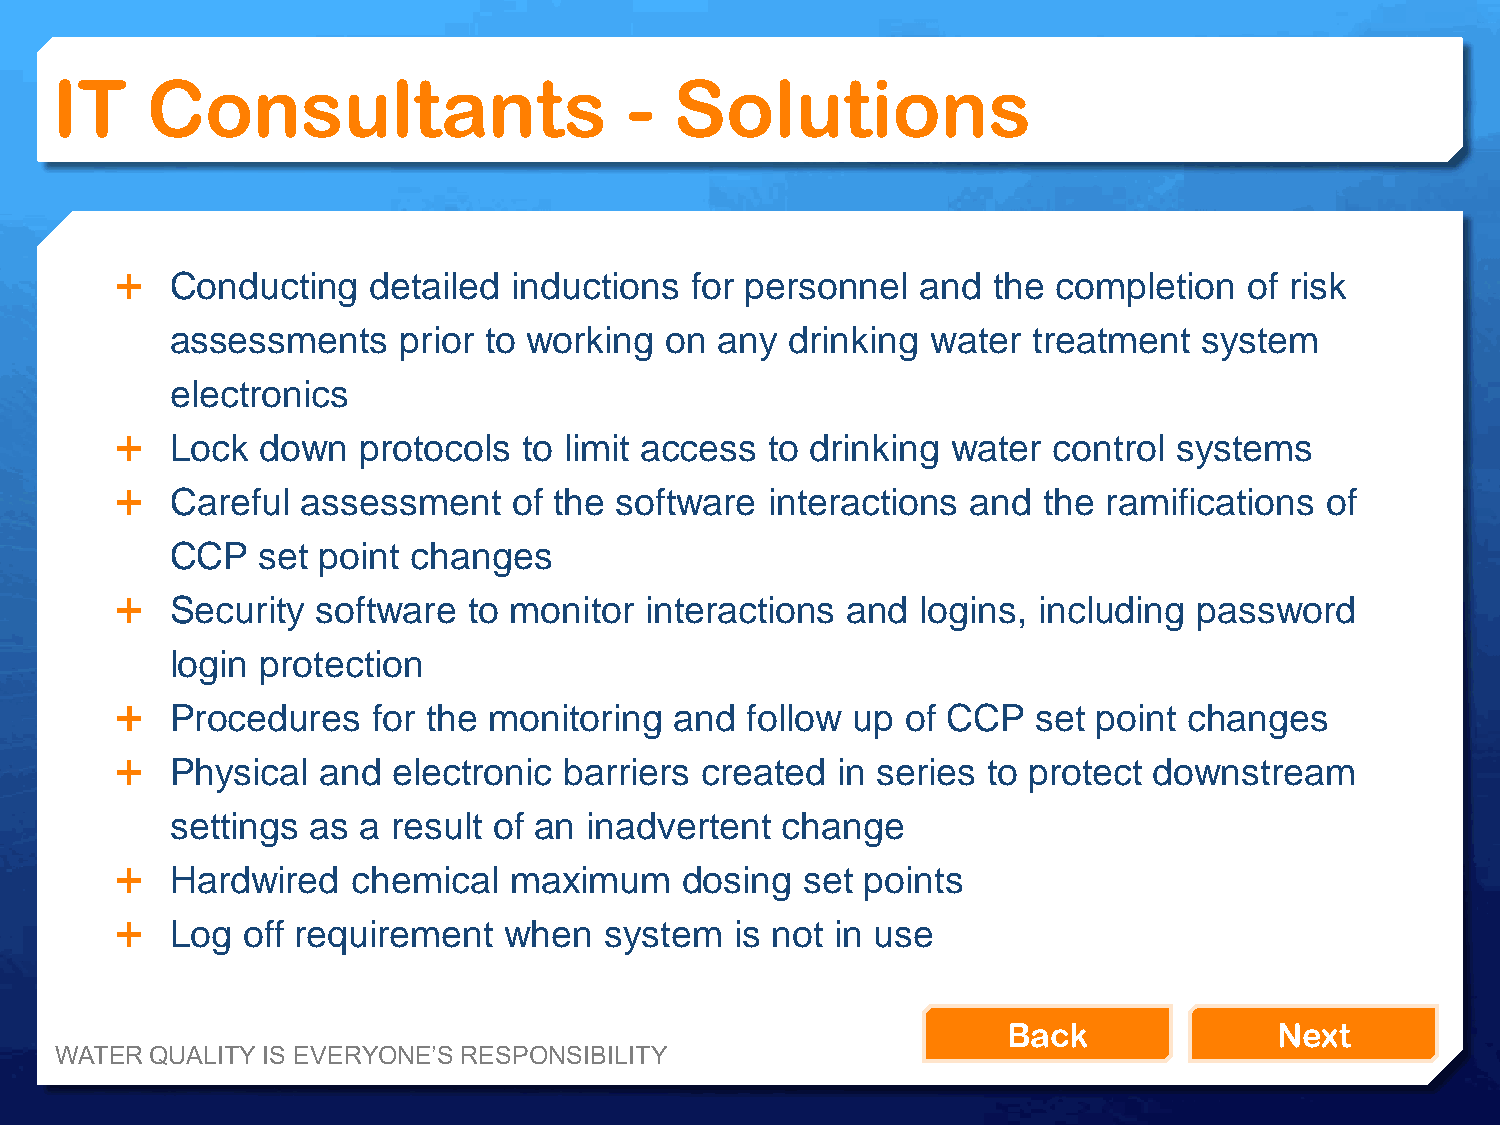
IT     Consultants                     -  Solutions
   Conducting   detailed  inductions  for personnel  and  the completion   of risk
 assessments    prior to working  on  any drinking  water treatment   system
 electronics
   Lock  down   protocols  to limit access to drinking water  control systems
   Careful  assessment    of the software  interactions and  the ramifications  of
 CCP   set point changes
   Security  software  to monitor  interactions and  logins, including password
 login protection
   Procedures    for the monitoring  and follow up  of CCP   set point changes
   Physical  and  electronic barriers created  in series to protect downstream
 settings as  a result of an inadvertent  change
   Hardwired   chemical   maximum    dosing  set points
   Log  off requirement  when   system   is not in use
 Back              Next
 WATER QUALITY IS EVERYONE’S RESPONSIBILITY